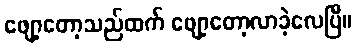
ဖျော့တော့သည်ထက် ဖျော့တော့လာခဲ့လေပြီ။